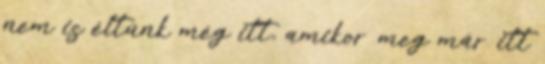
nem is éltünk még itt, amikor meg már itt